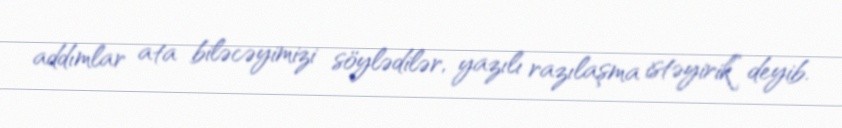
addımlar ata biləcəyimizi söylədilər, yazılı razılaşma istəyirik” deyib.